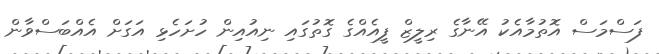
ފަސްމަސް އޮތުމާއެކު އޭނާގެ ރިލީޒް ފީއެއްގެ ގޮތުގައި ނިއުއިން ހުށަހެޅި އަގަށް އެއްބަސްވާން